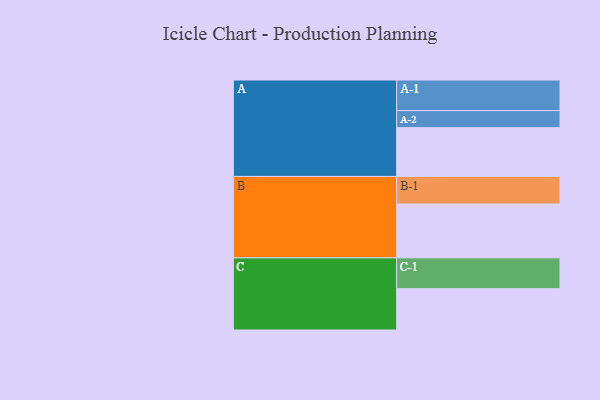
{"axis": {"x": "Segment", "y": "Value"}, "legend": ["", "A", "B", "C"], "data": [{"x": "A", "y": 464, "type": ""}, {"x": "B", "y": 512, "type": ""}, {"x": "C", "y": 393, "type": ""}, {"x": "A-1", "y": 291, "type": "A"}, {"x": "A-2", "y": 162, "type": "A"}, {"x": "B-1", "y": 262, "type": "B"}, {"x": "C-1", "y": 293, "type": "C"}]}